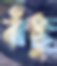
বঁধু